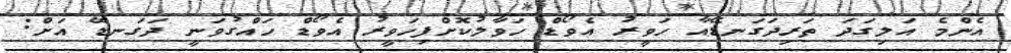
އެންމެ އަލިގަދަ ތަރިދަގަނޑޭއާ ހަވީރު އެވޯޑް ހަވާލުކޮށްފިހަވީރު އެވޯޑް ހައްގުވަނީ ދަގަނޑޭ އަށް: